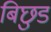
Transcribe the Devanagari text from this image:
बिछुड